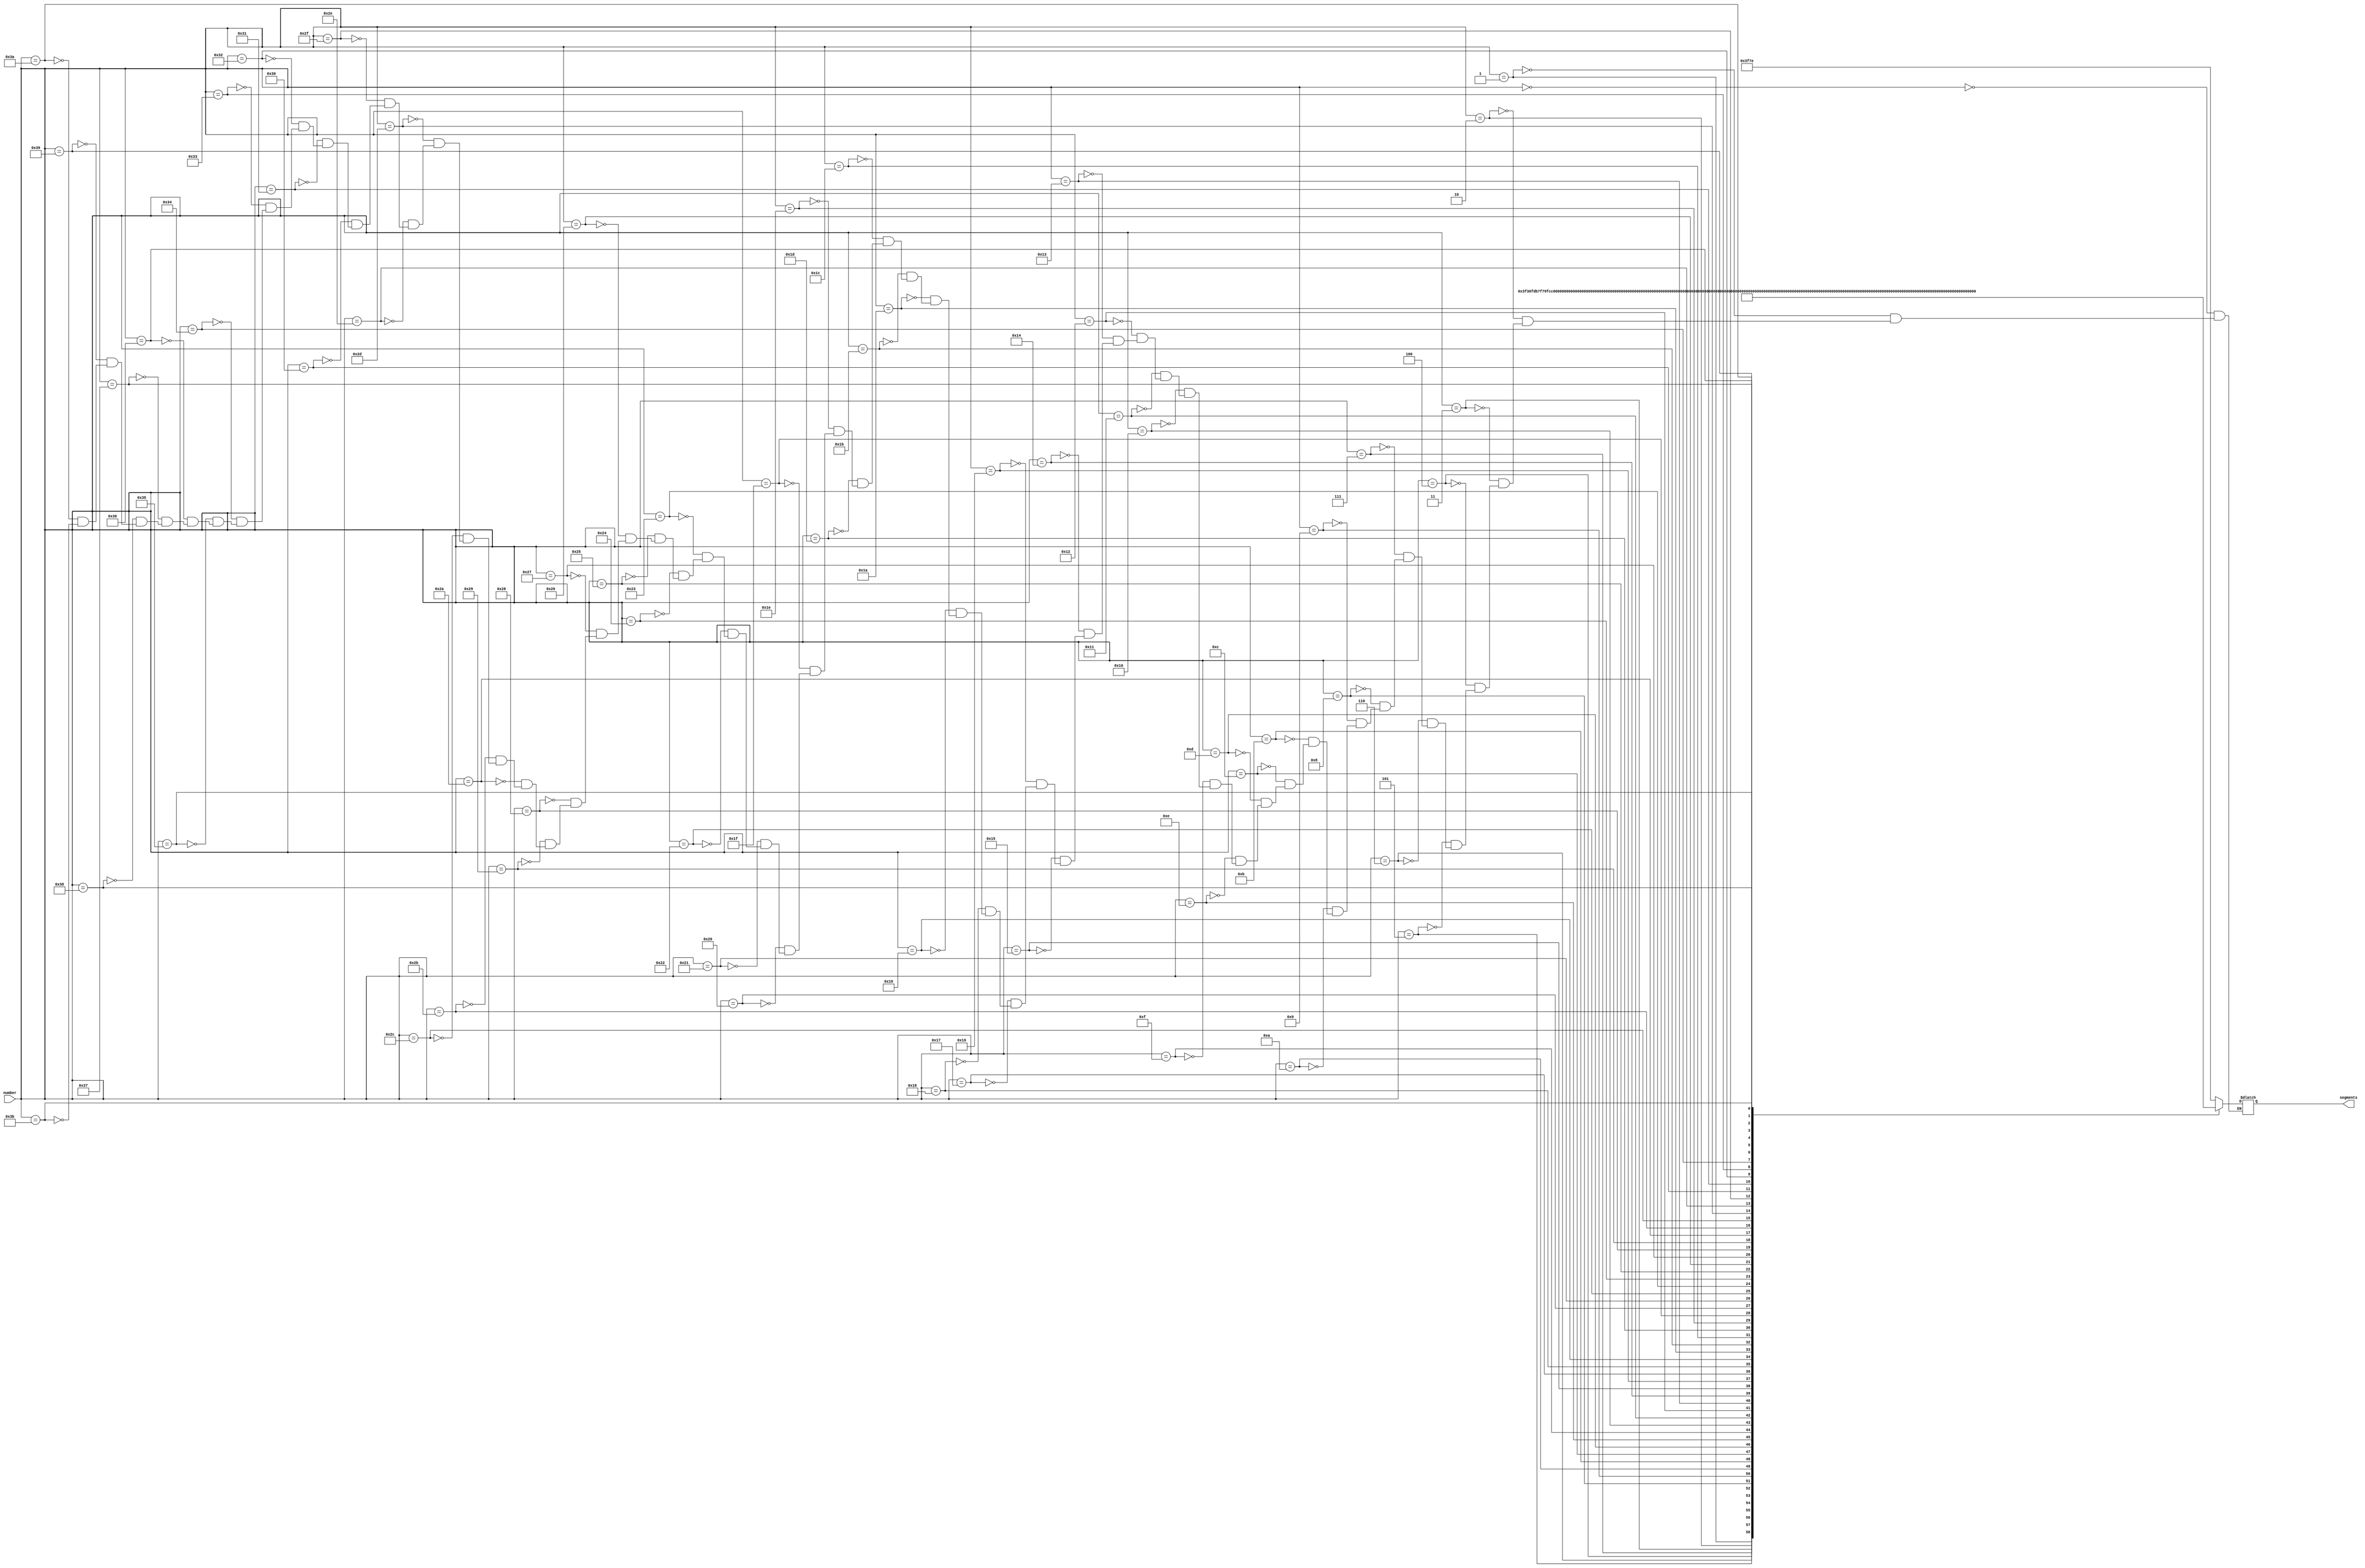
`timescale 1ns / 1ps
//////////////////////////////////////////////////////////////////////////////////
// Company: 
// Engineer: 
// 
// Design Name: 
// Module Name:    segments 
// Project Name: 
// Target Devices: 
// Tool versions: 
// Description: 
//
// Dependencies: 
//
// Revision: 
// Revision 0.01 - File Created
// Additional Comments: 
//
//////////////////////////////////////////////////////////////////////////////////
module segments(
	input 	[5:0] 	number,
	output reg [13:0]	segments
    );

/*
	7'h0: leds = 7'b1111110;
	7'h1: leds = 7'b0110000;
	7'h2: leds = 7'b1101101;
	7'h3: leds = 7'b1111001;
	7'h4: leds = 7'b0110011;
	7'h5: leds = 7'b1011011;
	7'h6: leds = 7'b1011111;
	7'h7: leds = 7'b1110000;
	7'h8: leds = 7'b1111111;
	7'h9: leds = 7'b1111011;
*/	
	
always@*
	case(number)
	6'd00: segments = 14'b1111110_1111110;
	6'd01: segments = 14'b1111110_0110000;
	6'd02: segments = 14'b1111110_1101101;
	6'd03: segments = 14'b1111110_1111001;
	6'd04: segments = 14'b1111110_0110011;
	6'd05: segments = 14'b1111110_1011011;
	6'd06: segments = 14'b1111110_1011111;
	6'd07: segments = 14'b1111110_1110000;
	6'd08: segments = 14'b1111110_1111111;
	6'd09: segments = 14'b1111110_1111011;

	6'd10: segments = 14'b0110000_1111110;
	6'd11: segments = 14'b0110000_0110000;
	6'd12: segments = 14'b0110000_1101101;
	6'd13: segments = 14'b0110000_1111001;
	6'd14: segments = 14'b0110000_0110011;
	6'd15: segments = 14'b0110000_1011011;
	6'd16: segments = 14'b0110000_1011111;
	6'd17: segments = 14'b0110000_1110000;
	6'd18: segments = 14'b0110000_1111111;
	6'd19: segments = 14'b0110000_1111011;

	6'd20: segments = 14'b1101101_1111110;
	6'd21: segments = 14'b1101101_0110000;
	6'd22: segments = 14'b1101101_1101101;
	6'd23: segments = 14'b1101101_1111001;
	6'd24: segments = 14'b1101101_0110011;
	6'd25: segments = 14'b1101101_1011011;
	6'd26: segments = 14'b1101101_1011111;
	6'd27: segments = 14'b1101101_1110000;
	6'd28: segments = 14'b1101101_1111111;
	6'd29: segments = 14'b1101101_1111011;

	6'd30: segments = 14'b1111001_1111110;
	6'd31: segments = 14'b1111001_0110000;
	6'd32: segments = 14'b1111001_1101101;
	6'd33: segments = 14'b1111001_1111001;
	6'd34: segments = 14'b1111001_0110011;
	6'd35: segments = 14'b1111001_1011011;
	6'd36: segments = 14'b1111001_1011111;
	6'd37: segments = 14'b1111001_1110000;
	6'd38: segments = 14'b1111001_1111111;
	6'd39: segments = 14'b1111001_1111011;

	6'd40: segments = 14'b0110011_1111110;
	6'd41: segments = 14'b0110011_0110000;
	6'd42: segments = 14'b0110011_1101101;
	6'd43: segments = 14'b0110011_1111001;
	6'd44: segments = 14'b0110011_0110011;
	6'd45: segments = 14'b0110011_1011011;
	6'd46: segments = 14'b0110011_1011111;
	6'd47: segments = 14'b0110011_1110000;
	6'd48: segments = 14'b0110011_1111111;
	6'd49: segments = 14'b0110011_1111011;

	6'd50: segments = 14'b1011011_1111110;
	6'd51: segments = 14'b1011011_0110000;
	6'd52: segments = 14'b1011011_1101101;
	6'd53: segments = 14'b1011011_1111001;
	6'd54: segments = 14'b1011011_0110011;
	6'd55: segments = 14'b1011011_1011011;
	6'd56: segments = 14'b1011011_1011111;
	6'd57: segments = 14'b1011011_1110000;
	6'd58: segments = 14'b1011011_1111111;
	6'd59: segments = 14'b1011011_1111011;
	
	endcase
	
endmodule